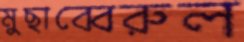
মুছাব্বেরুল